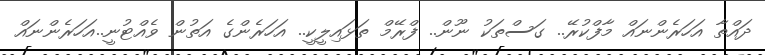
ދައްތާ އަހަރެންނައް މާފްކުރޭ.. ގަސްތަކު ނޫން.. ފްރޭމް ތަޅައިލީކީ.. އަހަރެންގެ އަތުން ވެއްޓުނީ..އަހަރެންނައް